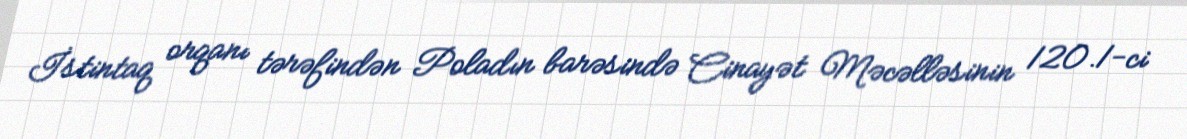
İstintaq orqanı tərəfindən Poladın barəsində Cinayət Məcəlləsinin 120.1-ci